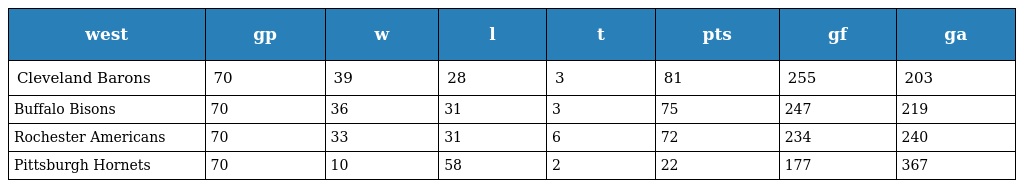
| west | gp | w | l | t | pts | gf | ga |
 | --- | --- | --- | --- | --- | --- | --- | --- |
 | Cleveland Barons | 70 | 39 | 28 | 3 | 81 | 255 | 203 |
 | Buffalo Bisons | 70 | 36 | 31 | 3 | 75 | 247 | 219 |
 | Rochester Americans | 70 | 33 | 31 | 6 | 72 | 234 | 240 |
 | Pittsburgh Hornets | 70 | 10 | 58 | 2 | 22 | 177 | 367 |